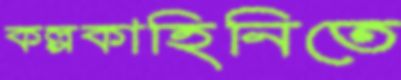
কল্পকাহিনিতে